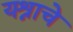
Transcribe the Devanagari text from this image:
यश्नाचे